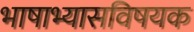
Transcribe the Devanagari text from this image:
भाषाभ्यासविषयक